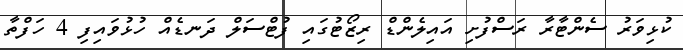
ކުޅިވަރު ސެންޓާރާ ރަސްފުށި އައިލެންޑް ރިޒޯޓުގައި ފުޓްސަލް ދަނޑެއް ހުޅުވައިފި 4 ހަފްތާ